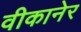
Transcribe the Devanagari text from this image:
वीकानेर